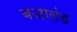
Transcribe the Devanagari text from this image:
बजालंड